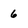
Character: 6